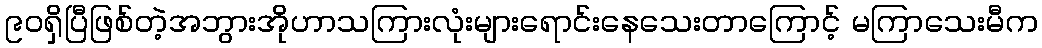
၉၀ရှိပြီဖြစ်တဲ့အဘွားအိုဟာသကြားလုံးများရောင်းနေသေးတာကြောင့် မကြာသေးမီက